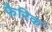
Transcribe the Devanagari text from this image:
फैरिक